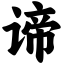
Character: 谛